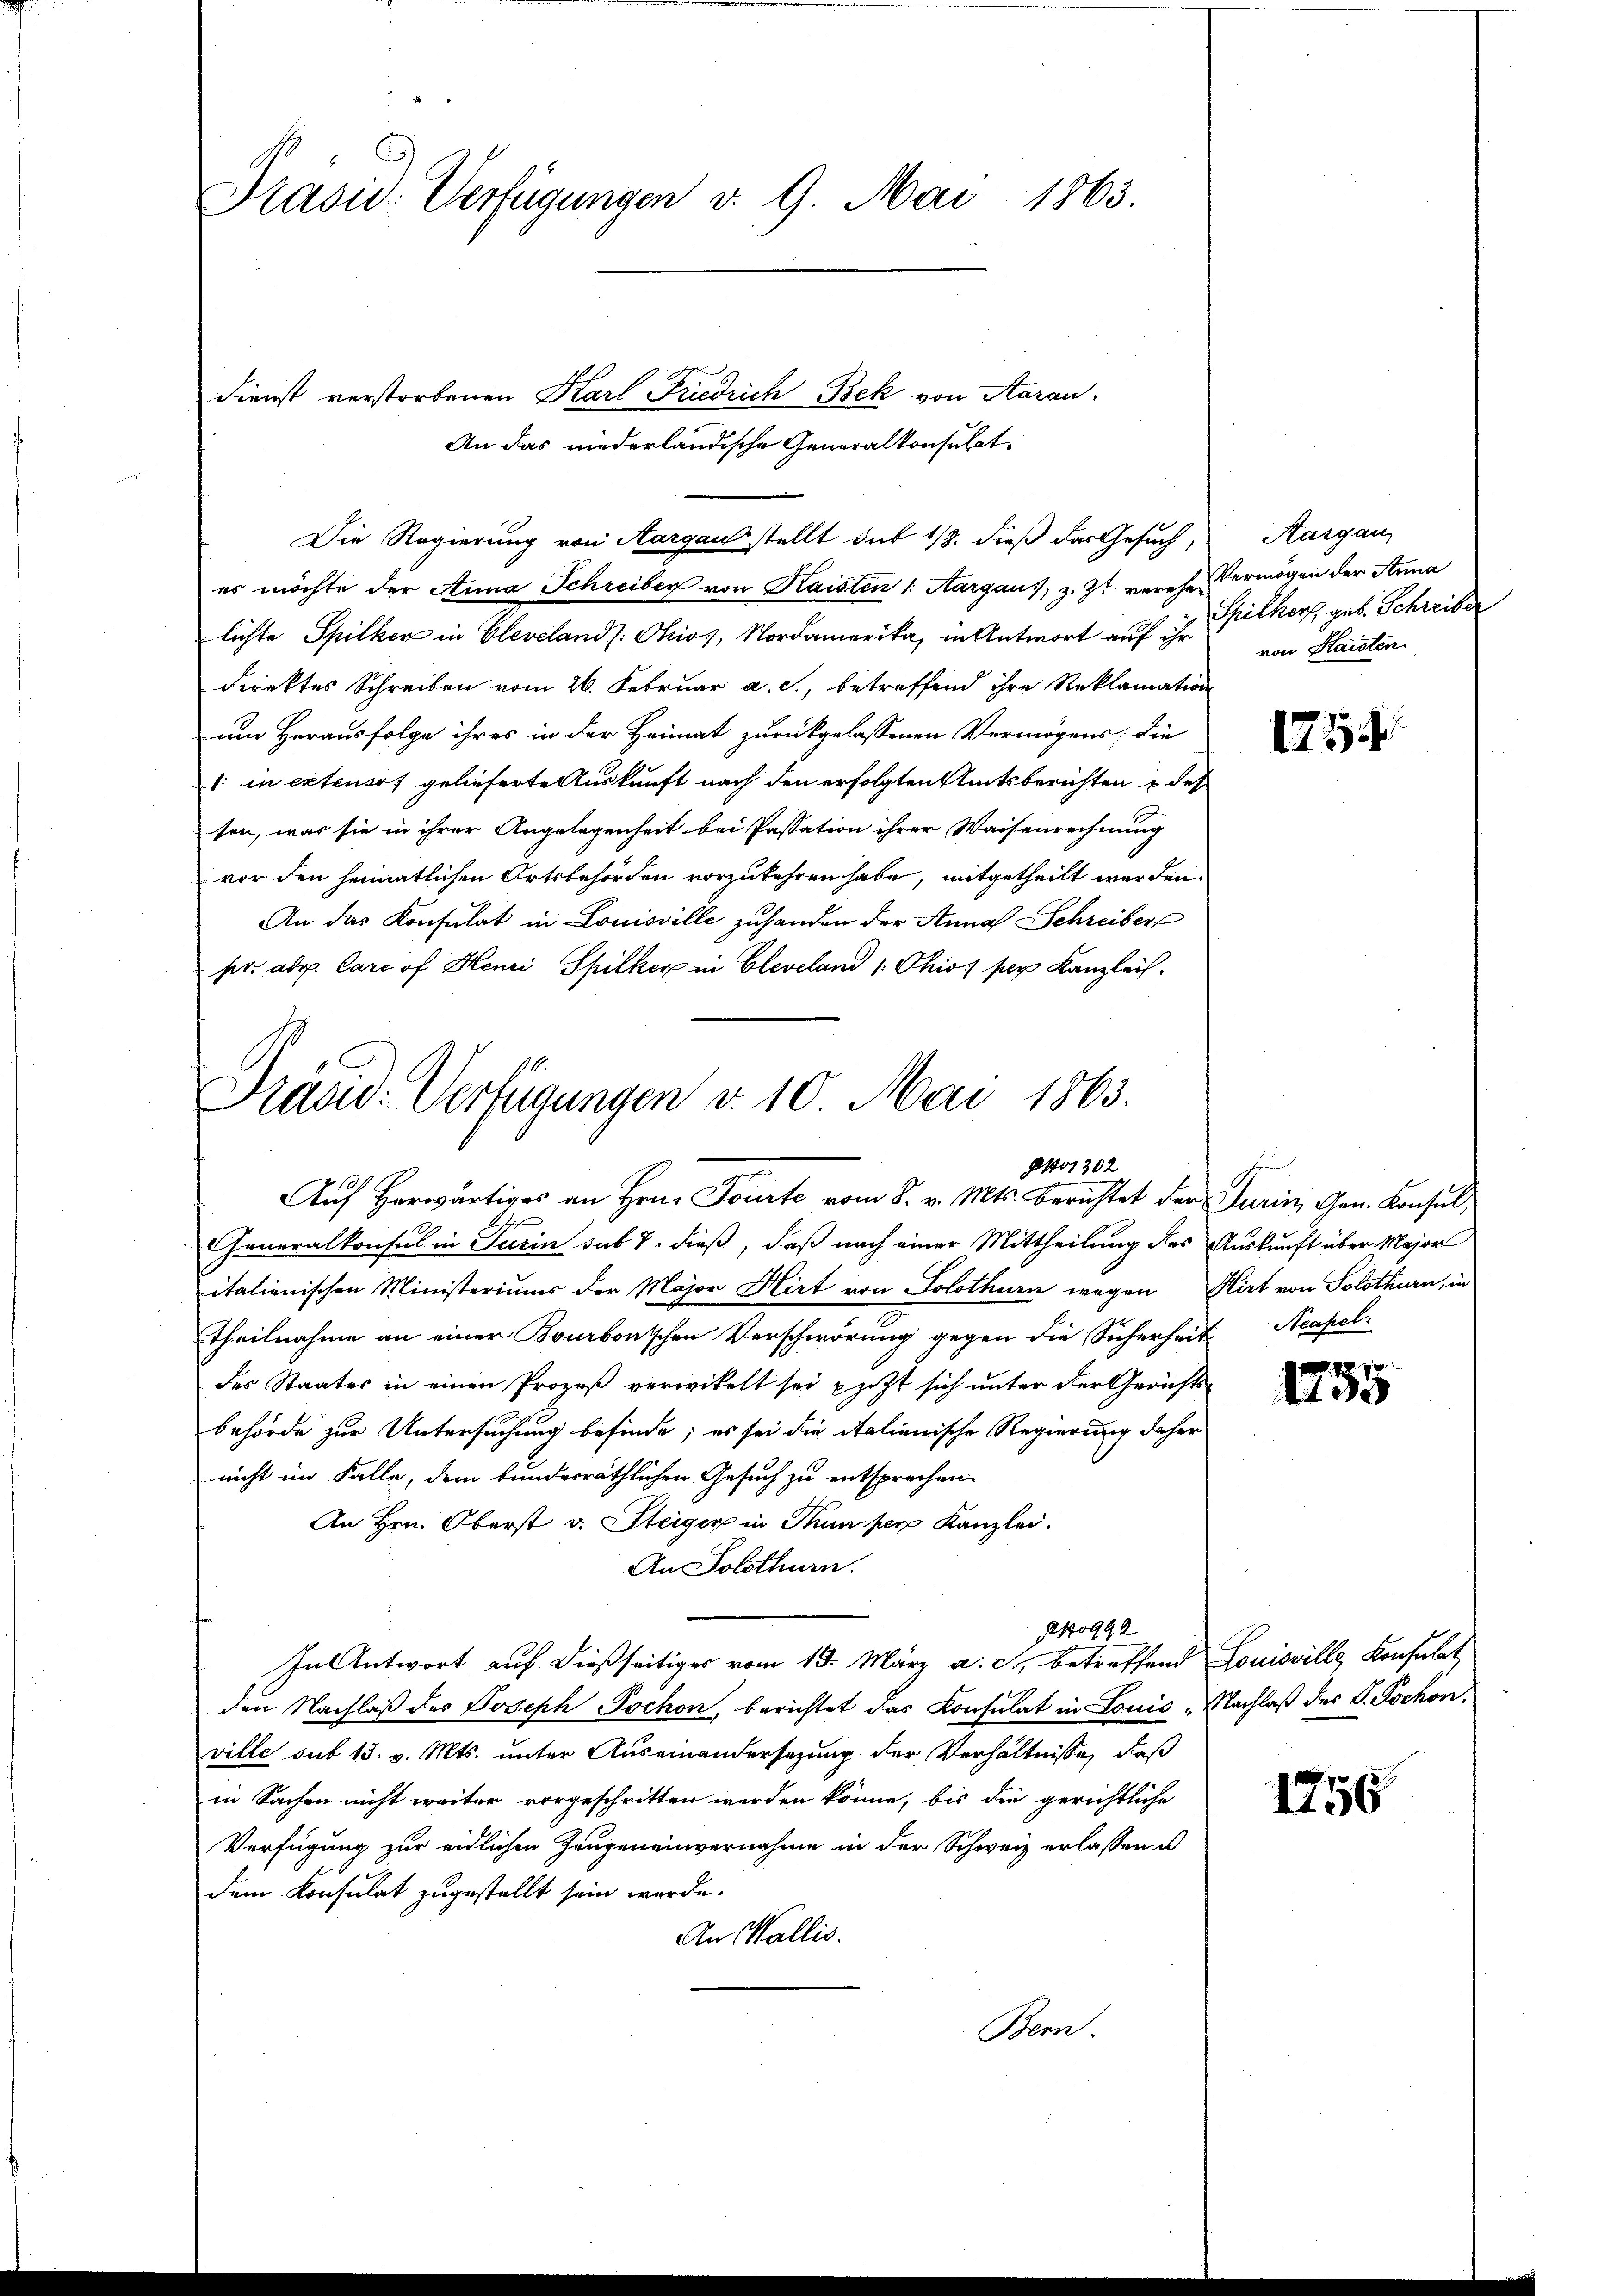
Präsid. Verfügungen v. 9. Mai 1863.

Dienst verstorbenen Karl Friedrich Bek von Aarau
An das niederländische Generalkonsulat
Die Regierung von Aargau stellt sub 1/3. dieß das Gesuch,
es möchte der Anna Schreiber von Kaisten 1. Margaus, z. Zt. verehen
lichte Spilker in Clevelands Chios, Nordamerika, in Antwort auf ihr
direktes Schreiben vom 26. Februar a. c., betreffend ihre Reklamation
um Herausfolge ihres in der Heimat zurückgelassenen Vermögens die
: in extensos gelieferte Auskunft nach den erfolgten Amtsberichten u des
sen, was sie in ihrer Angelegenheit bei Passation ihrer Waisenrechnung
vor den heimatlichen Ortsbehörden vorzukehren habe, mitgetheilt werden.
An das Konsulat in Louisville zuhanden der Anna Schreiber
her. ad. Care of Henri Spilker in Cleveland /: Ohio, par Kanzleih

Präs. Verfügungen v. 10. Mai 1863.
8401302
Auf herwärtiges an Hrn. Toute vom 8. v. Mts. Berichtet der Turin, Gen. Konsul¬

Generalkonsul in Turin sub 7. dieß, daß nach einer Mittheilung des Auskunft über Major
italienischen Ministeriums der Major Hirt von Solothurn wegen Hirt von Solothurn, in
theilnahme an einer Bourbonischen Verschwörung gegen die Sicherheit Neapel-
des Staates in einen Prozeß verwikelt sei piizt sich unter der Gerichts-
behörde zur Untersuchung befinde; es sei die italienische Regierung daher
nicht im Falle, dem bundesräthlichen Gesuch zu entsprechen.
An Hrn. Oberst v. Steiger in Thun per Kanzlei.
An Solothurn.
10992
In Antwort auf dießseitiges vom 13. März a. c., betreffend Louisville Konsulat
den Nachlaß des Joseph Pochon, berichtet das Konsulat in Louis, Nachlaß des P. Tschon
ville sub 15. v. Mts. unter Auseinandersezung der Verhältnisse, daß
in Sachen nicht weiter vorgeschritten werden könne, bis die gerichtliche
Verfügung zur eidlichen Zeugeneinvernahme in der Schweiz erlassen u
dem Konsulat zugestellt sein werde.
An Wallis.
Bern.

Aargau,
Vermögen der Anna
Spilkorf, geb. Schreiber
von Kaisten

1754

S

2270
13

1756